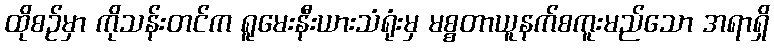
ထိုစဉ်မှာ ကိုသန်းတင်က ရူမေးနီးယားသံရုံးမှ မစ္စတာယူနက်စကူးမည်သော အရာရှိ